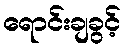
ရောင်းချခွင့်